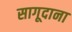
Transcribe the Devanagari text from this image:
सागूदाना